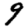
Digit: 9